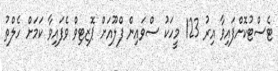
ޓެސްޓުކޮށްފައިވާ އިރު 123 މީހަކު ސްވައިން ފްލޫއަށް ޕޮޒިޓިވް ވެފައިވާ ކަމަށް ހެލްތު